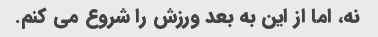
نه، اما از این به بعد ورزش را شروع می کنم.